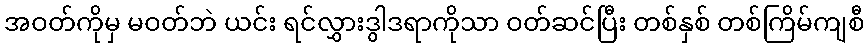
အဝတ်ကိုမှ မဝတ်ဘဲ ယင်း ရင်လွှားဒွါဒရာကိုသာ ဝတ်ဆင်ပြီး တစ်နှစ် တစ်ကြိမ်ကျစီ